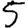
Digit: 5